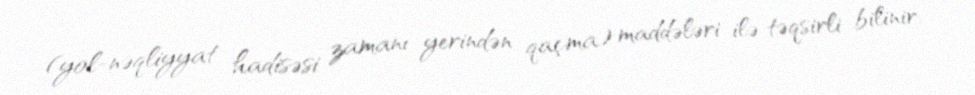
(yol-nəqliyyat hadisəsi zamanı yerindən qaçma) maddələri ilə təqsirli bilinir.